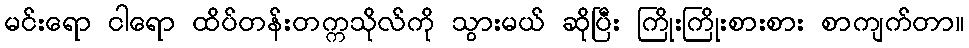
မင်းရော ငါရော ထိပ်တန်းတက္ကသိုလ်ကို သွားမယ် ဆိုပြီး ကြိုးကြိုးစားစား စာကျက်တာ။